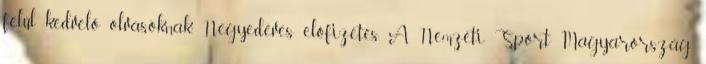
felül kedvelő olvasóknak. Negyedéves előfizetés. A Nemzeti Sport Magyarország